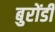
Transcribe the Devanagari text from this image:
बुरोंडी